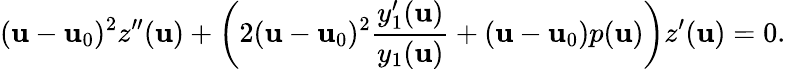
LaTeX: (\mathbf{u}-\mathbf{u}_{0})^{2}z^{\prime\prime}(\mathbf{u})+\left(2(\mathbf{u}-\mathbf{u}_{0})^{2}\frac{{y_{1}^{\prime}(\mathbf{u})}}{{y_{1}(\mathbf{u})}}+(\mathbf{u}-\mathbf{u}_{0})p(\mathbf{u})\right)z^{\prime}(\mathbf{u})=0.